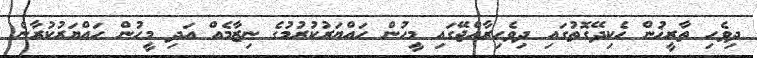
ދިވެހި ތާރީޚުން ހެކިދޭގޮތުގައި ދިވެހިރާއްޖޭގައި މީހުން ހައްޔަރުކުރުމުގެ ނިޒާމެއް އަދި މީހުން ހައްޔަރުކުރާނެ